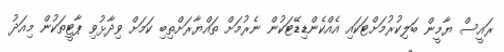
ރައީސް ޔާމީން ބަލިކުރުމަށްޓަކައި އެއްކެންޑިޑޭޓަކުން ނެރުމަށް ތައްޔާރަށްތިބި ކަމަށް ވިދާޅުވި ޕާޓީތަކުން މިއަދު